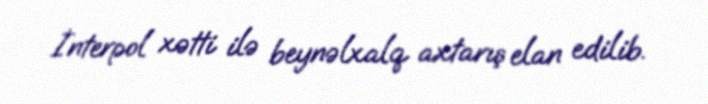
İnterpol xətti ilə beynəlxalq axtarış elan edilib.